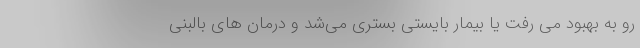
رو به بهبود می رفت یا بیمار بایستی بستری می‌شد و درمان های بالبنی